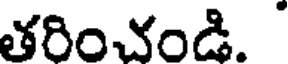
తరించండి.